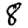
Digit: 8